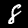
Digit: 8